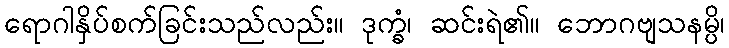
ရောဂါနှိပ်စက်ခြင်းသည်လည်း။ ဒုက္ခံ၊ ဆင်းရဲ၏။ ဘောဂဗျသနမ္ပိ၊